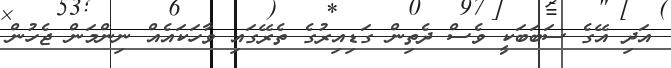
އަދި އޭގެ ސަބަބަކީ ވެސް ދެތިން ގަޑިއިރުގެ ތެރޭގައި ވާހަކައެއް ނިންމަން ޖެހުން